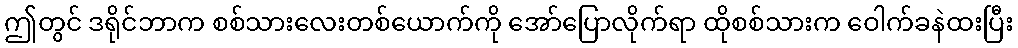
ဤတွင် ဒရိုင်ဘာက စစ်သားလေးတစ်ယောက်ကို အော်ပြောလိုက်ရာ ထိုစစ်သားက ဝေါက်ခနဲထးပြီး